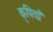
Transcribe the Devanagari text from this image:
कृपियाँ